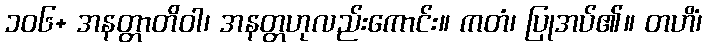
၁၀၆+ အနတ္တာတိဝါ၊ အနတ္တဟုလည်းကောင်း။ ကတံ၊ ပြုအပ်၏။ တဟိံ၊